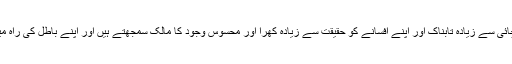
ساتھ ہی یہ بھی ریکارڈ کیا ہے کہ اہل باطل اپنے باطل اور عقیدے کو حق صریح سے زیادہ سچ، سچائی سے زیادہ تابناک اور اپنے افسانے کو حقیقت سے زیادہ کھرا اور محسوس وجود کا مالک سمجھتے ہیں اور اپنے باطل کی راہ میں بعض دفعہ اِس درجہ مارنے مرنے کو تیار ہوجاتے ہیں کہ اہلِ حق، حق کے لیے بھی نہیں ہوتے۔